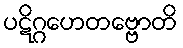
ပဋိဂ္ဂဟေတဗ္ဗောတိ